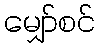
မျှော်စင်